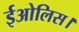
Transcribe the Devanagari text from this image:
ईओलिस।